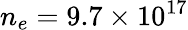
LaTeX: n_{e}=9.7\times 10^{17}